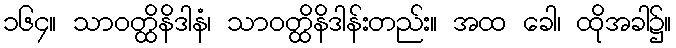
၁၆၄။ သာဝတ္ထိနိဒါနံ၊ သာဝတ္ထိနိဒါန်းတည်း။ အထ ခေါ၊ ထိုအခါ၌။